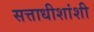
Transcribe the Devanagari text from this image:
सत्ताधीशांशी